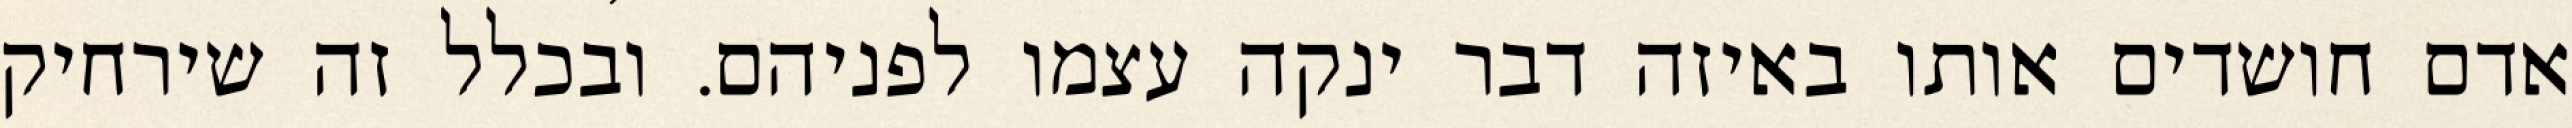
אדם חושדים אותו באיזה דבר ינקה עצמו לפניהם. ובכלל זה שירחיק